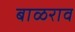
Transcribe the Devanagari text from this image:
बाळराव